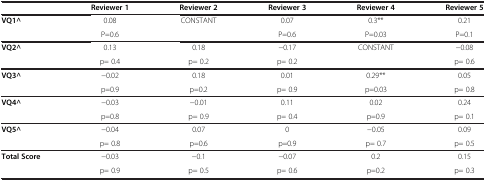
<table><thead><tr><td><b> </b></td><td><b>Reviewer 1</b></td><td><b>Reviewer 2</b></td><td><b>Reviewer 3</b></td><td><b>Reviewer 4</b></td><td><b>Reviewer 5</b></td></tr></thead><tbody><tr><td><b>VQ1^</b></td><td>0.08</td><td>CONSTANT</td><td>0.07</td><td>0.3**</td><td>0.21</td></tr><tr><td> </td><td>P=0.6</td><td> </td><td>P=0.6</td><td>P=0.03</td><td>P=0.1</td></tr><tr><td><b>VQ2^</b></td><td>0.13</td><td>0.18</td><td>−0.17</td><td>CONSTANT</td><td>−0.08</td></tr><tr><td> </td><td>p= 0.4</td><td>p= 0.2</td><td>p= 0.2</td><td> </td><td>p= 0.6</td></tr><tr><td><b>VQ3^</b></td><td>−0.02</td><td>0.18</td><td>0.01</td><td>0.29**</td><td>0.05</td></tr><tr><td> </td><td>p=0.9</td><td>p=0.2</td><td>p= 0.9</td><td>p=0.03</td><td>p= 0.8</td></tr><tr><td><b>VQ4^</b></td><td>−0.03</td><td>−0.01</td><td>0.11</td><td>0.02</td><td>0.24</td></tr><tr><td> </td><td>p=0.8</td><td>p= 0.9</td><td>p= 0.4</td><td>p=0.9</td><td>p= 0.1</td></tr><tr><td><b>VQ5^</b></td><td>−0.04</td><td>0.07</td><td>0</td><td>−0.05</td><td>0.09</td></tr><tr><td> </td><td>p= 0.8</td><td>p=0.6</td><td>p=0.9</td><td>p= 0.7</td><td>p= 0.5</td></tr><tr><td><b>Total Score</b></td><td>−0.03</td><td>−0.1</td><td>−0.07</td><td>0.2</td><td>0.15</td></tr><tr><td> </td><td>p= 0.9</td><td>p= 0.5</td><td>p= 0.6</td><td>p=0.2</td><td>p= 0.3</td></tr></tbody></table>